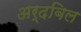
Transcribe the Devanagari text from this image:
अर्दबिल